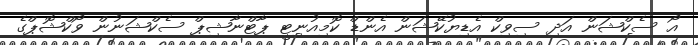
އޯ ސެކްޝަން އަދި ސިވިކް އެޑިޔުކޭޝަން އެންޑް ކޮމިއުނިޓީ ޕާޓްނާޝިޕް ސެކްޝަނުން ވޯކްޝޮޕްގެ